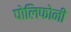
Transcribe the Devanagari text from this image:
पोलिफोनी